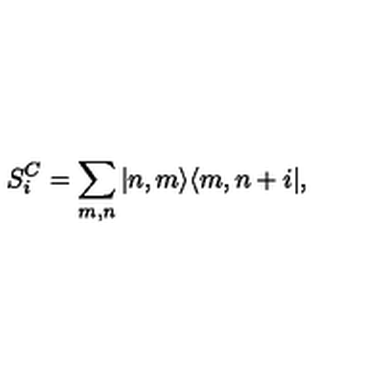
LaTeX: S _ { i } ^ { C } = \sum _ { m , n } ^ { } | n , m \rangle \langle m , n + i | ,